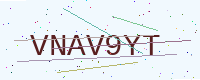
Text: VNAV9YT